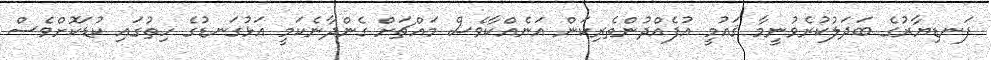
ފަނޑިޔާރުގެ ބަދަލުކުރެވުނީމާ ޤައުމީ އުފެއްދުންތެރިކަން އަނެއްކާވެސް މައްޗަށް ގެންދާނެކަމީ އަޅުގަނޑުގެ ހިތުގައި ކުޑަކޮށްވެސް